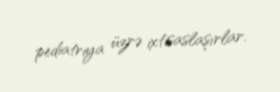
pediatriya üzrə ixtisaslaşırlar.